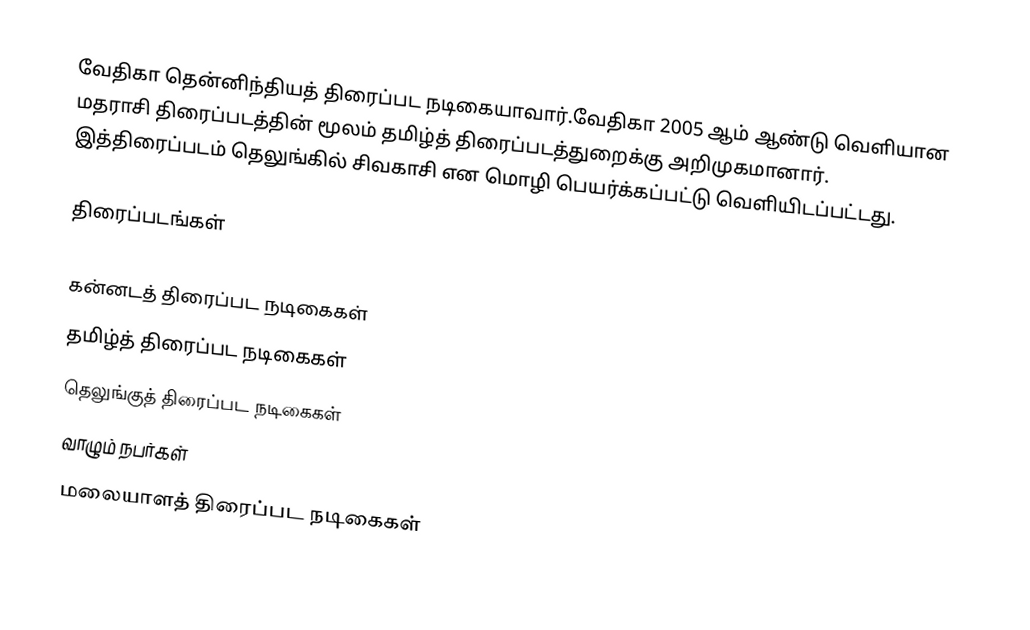
வேதிகா தென்னிந்தியத் திரைப்பட நடிகையாவார்.வேதிகா 2005 ஆம் ஆண்டு வெளியான மதராசி திரைப்படத்தின் மூலம் தமிழ்த் திரைப்படத்துறைக்கு அறிமுகமானார். இத்திரைப்படம் தெலுங்கில் சிவகாசி என மொழி பெயர்க்கப்பட்டு வெளியிடப்பட்டது.

திரைப்படங்கள்

கன்னடத் திரைப்பட நடிகைகள்
தமிழ்த் திரைப்பட நடிகைகள்
தெலுங்குத் திரைப்பட நடிகைகள்
வாழும் நபர்கள்
மலையாளத் திரைப்பட நடிகைகள்